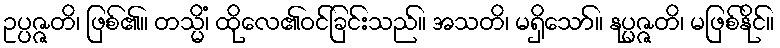
ဥပ္ပဇ္ဇတိ၊ ဖြစ်၏။ တသ္မိံ၊ ထိုလေ၏ဝင်ခြင်းသည်။ အသတိ၊ မရှိသော်။ နုပ္ပဇ္ဇတိ၊ မဖြစ်နိုင်။